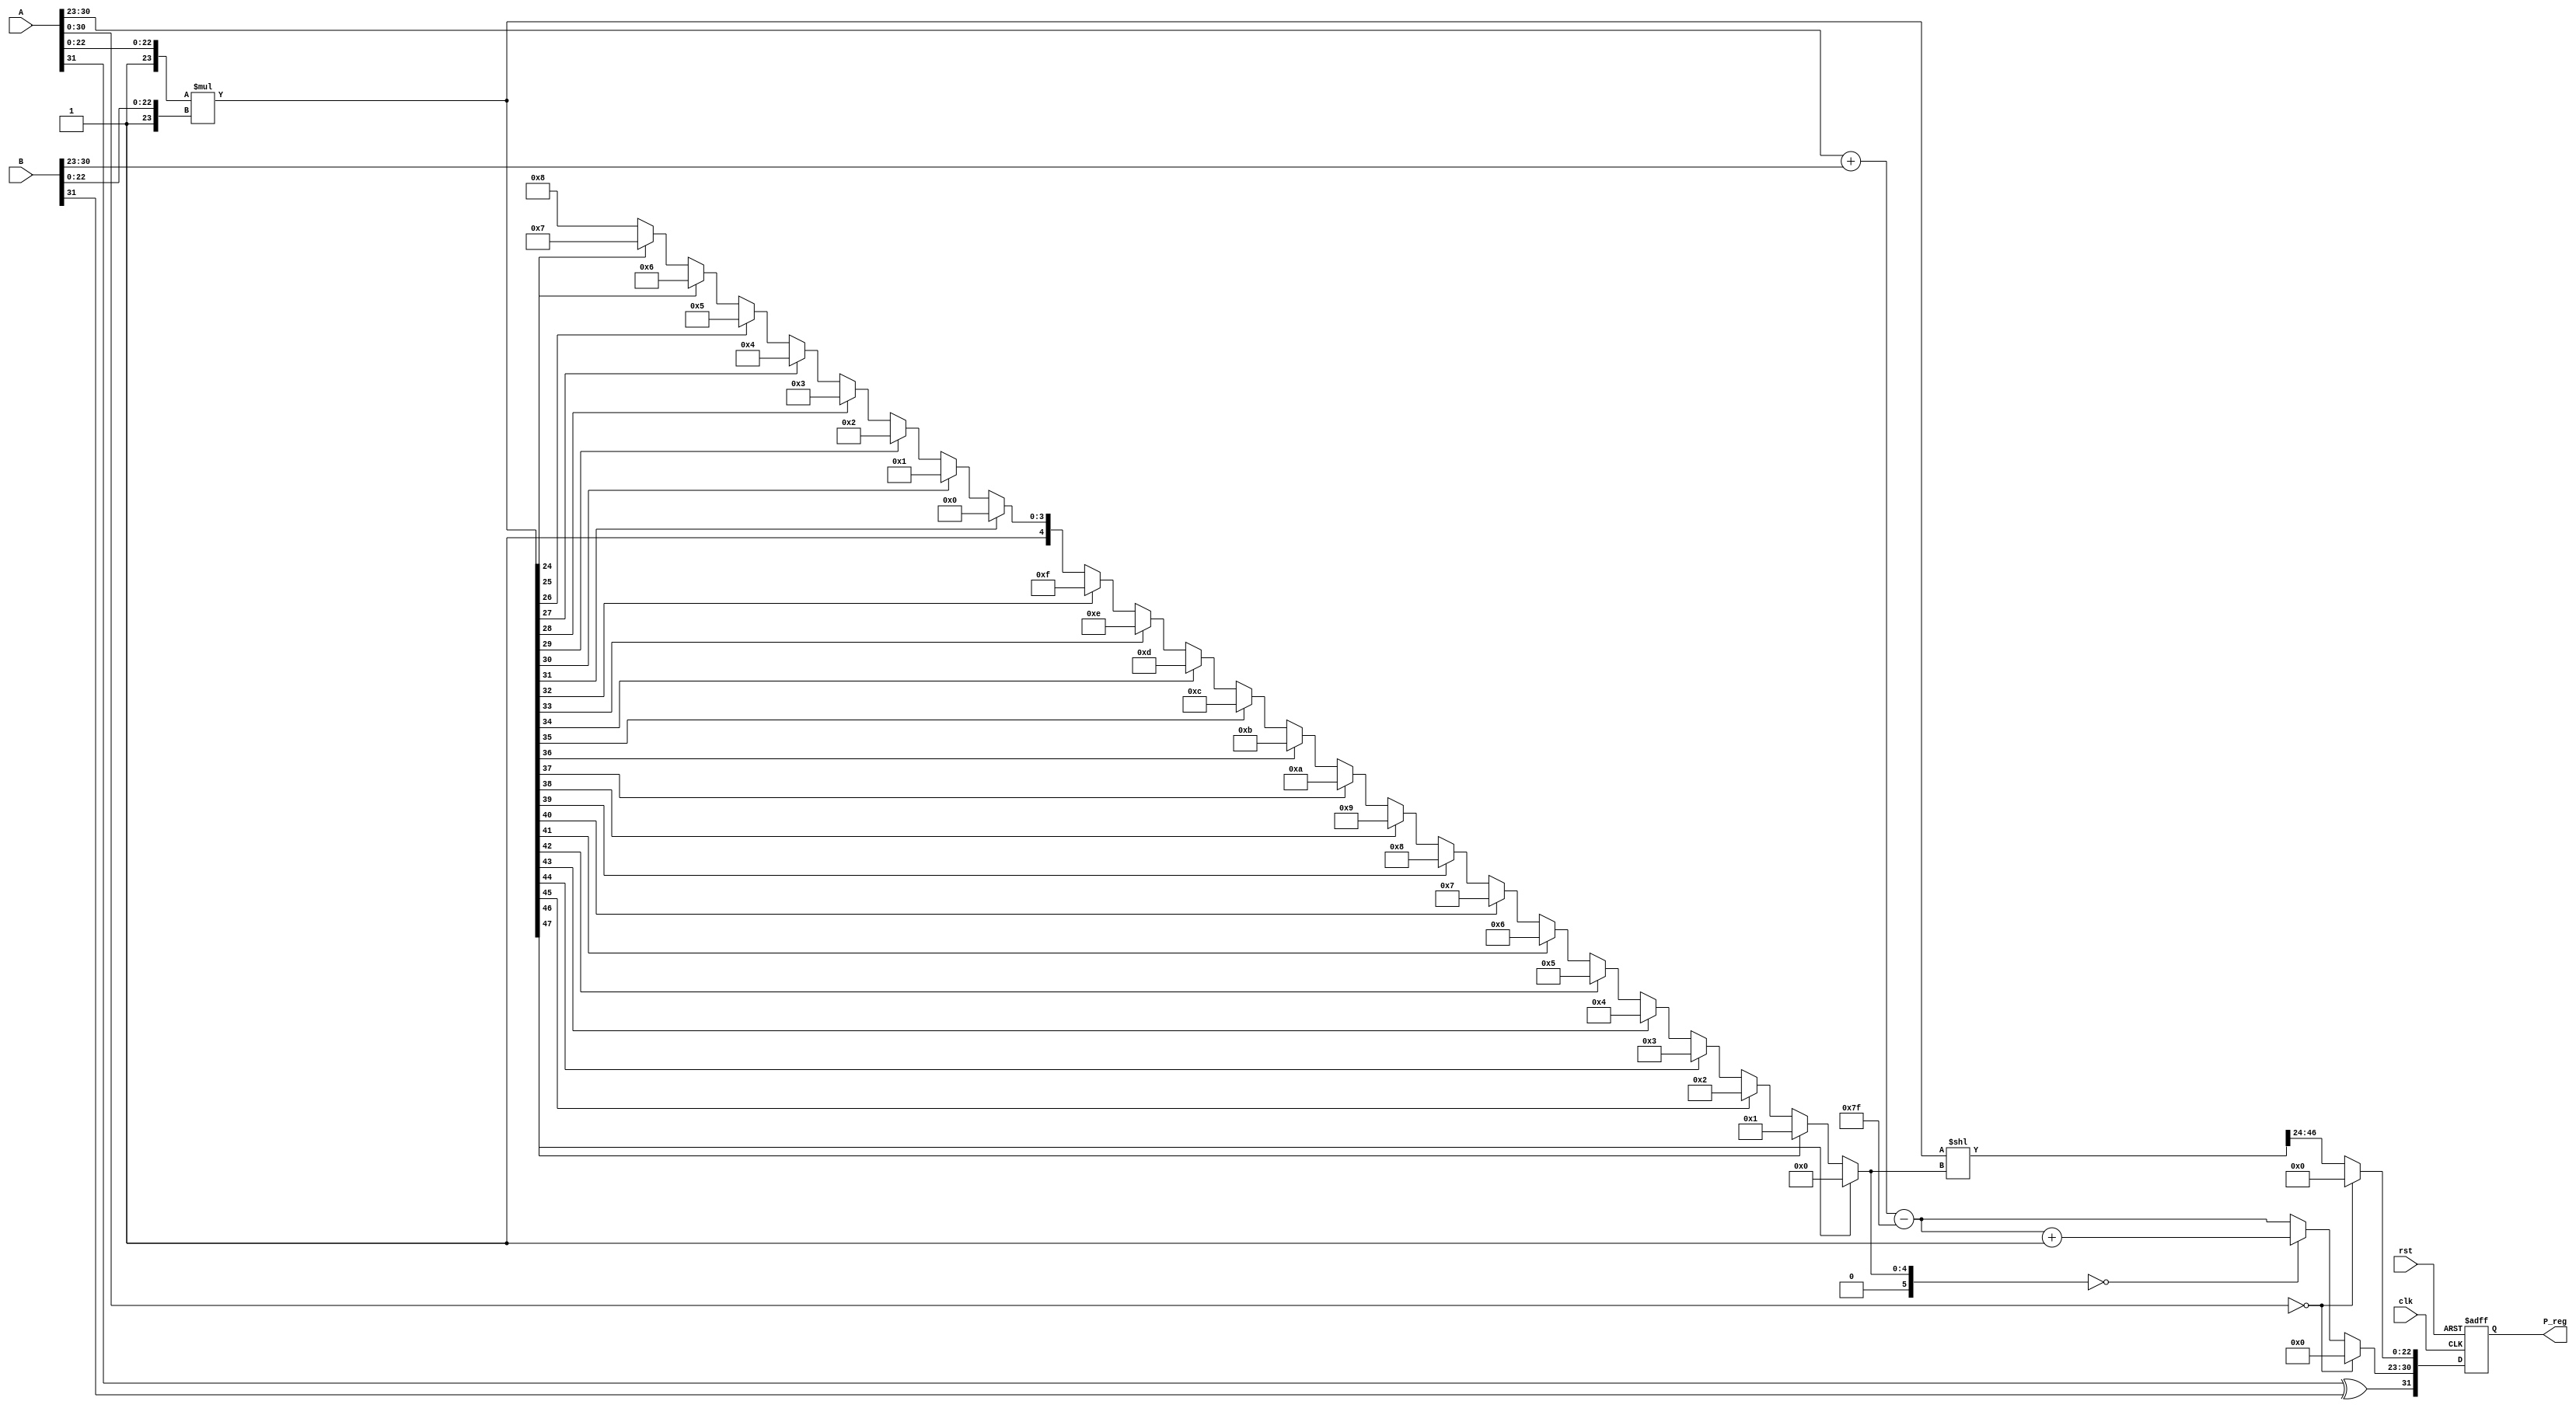
module FP_MULTIPLIER(
  input clk,
  input rst,
  input signed [31:0] A,
  input signed [31:0] B,
  output reg signed [31:0] P_reg
);

    reg signed [31:0] A_reg;
    reg signed [31:0] B_reg;

    wire [23:0] A_mantissa;
    wire [23:0] B_mantissa;
    wire [47:0] mantissa_product;
    wire [47:0] shifted_mantissa_product;
    wire [5:0] count;
    wire [7:0] exponent_sum;
    wire [31:0] P;

    always @(posedge clk,posedge rst) begin
        if (rst) begin
            A_reg <= 0;
            B_reg <= 0;
            P_reg <= 0;
        end
        else begin
            A_reg <= A;
            B_reg <= B;
            P_reg <= P;
        end
    end

    assign A_mantissa = {1'b1,A[22:0]};
    assign B_mantissa = {1'b1,B[22:0]};

    assign mantissa_product = A_mantissa * B_mantissa;

    assign count = (mantissa_product[47] == 1'b1) ? 6'd0 : (mantissa_product[46] == 1'b1) ? 6'd1 : (mantissa_product[45] == 1'b1) ? 6'd2 : (mantissa_product[44] == 1'b1) ? 6'd3 : (mantissa_product[43] == 1'b1) ? 6'd4 : (mantissa_product[42] == 1'b1) ? 6'd5 : (mantissa_product[41] == 1'b1) ? 6'd6 : (mantissa_product[40] == 1'b1) ? 6'd7 : (mantissa_product[39] == 1'b1) ? 6'd8 : (mantissa_product[38] == 1'b1) ? 6'd9 : (mantissa_product[37] == 1'b1) ? 6'd10 : (mantissa_product[36] == 1'b1) ? 6'd11 : (mantissa_product[35] == 1'b1) ? 6'd12 : (mantissa_product[34] == 1'b1) ? 6'd13 : (mantissa_product[33] == 1'b1) ? 6'd14 : (mantissa_product[32] == 1'b1) ? 6'd15 : (mantissa_product[31] == 1'b1) ? 6'd16 : (mantissa_product[30] == 1'b1) ? 6'd17 : (mantissa_product[29] == 1'b1) ? 6'd18 : (mantissa_product[28] == 1'b1) ? 6'd19 : (mantissa_product[27] == 1'b1) ? 6'd20 : (mantissa_product[26] == 1'b1) ? 6'd21 : (mantissa_product[25] == 1'b1) ? 6'd22 : (mantissa_product[24] == 1'b1) ? 6'd23 : 6'd24;

    assign shifted_mantissa_product = mantissa_product << count;

    assign P[22:0] = (A[30:0] == 31'd0) ? 23'd0 : shifted_mantissa_product[46:24];

    assign exponent_sum = A[30:23] + B[30:23] - 8'd127;

    assign P[30:23] = (A[30:0] == 31'd0) ? 8'd0 : (count == 6'd0) ? exponent_sum + 1 : exponent_sum;

    assign P[31] = A[31] ^ B[31];


endmodule